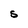
Character: S